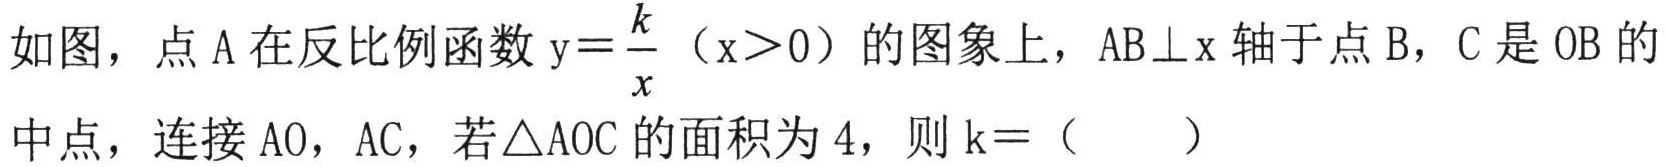
如图，点 A 在反比例函数$\mathrm{y}=\dfrac{k}{x}$（x＞0）的图象上，AB⊥x 轴于点 B，C 是 OB 的中点，连接 AO，AC，若△AOC 的面积为 4，则 k=（  ）